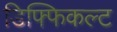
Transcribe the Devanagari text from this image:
डिफ्फिकल्ट